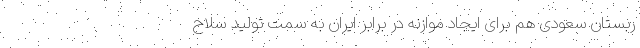
ربستان سعودی هم برای ایجاد موازنه در برابر ایران به سمت تولید سلاح